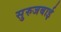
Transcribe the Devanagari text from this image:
सुरुजबाई